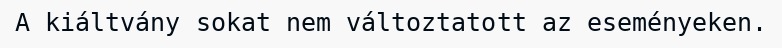
A kiáltvány sokat nem változtatott az eseményeken.